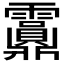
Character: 𩇂